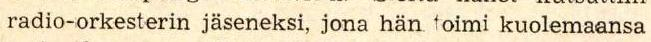
radio-orkesterin jäseneksi, jona hän toimi kuolemaansa